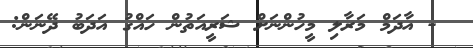
- އާދަމް މަރާލި މީހުންނަށް ޝަރީއަތުން ހައްގު އަދަބު ދޭނަން: